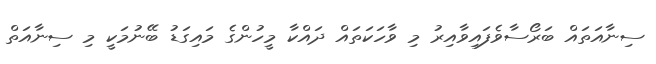
ސިނާއަތައް ބަރޯސާވެފައިވާއިރު މި ވާހަކަތައް ދައްކާ މީހުންގެ މައިގަޑު ބޭނުމަކީ މި ސިނާއަތް